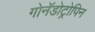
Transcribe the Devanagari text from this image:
गोनॅडोट्रोपिन